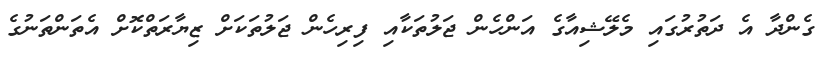
ގެންދާ އެ ދަތުރުގައި މެލޭޝިއާގެ އަންހެން ޖަލުތަކާއި ފިރިހެން ޖަލުތަކަށް ޒިޔާރަތްކޮށް އެތަންތަނުގެ